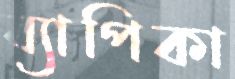
ব্যাপিকা